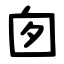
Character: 囱